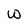
Character: W